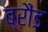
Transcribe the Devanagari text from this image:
ब्रौंड